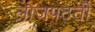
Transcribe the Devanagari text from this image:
लाजपठती